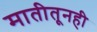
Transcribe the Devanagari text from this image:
मातीतूनही